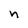
Character: n